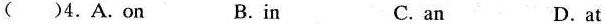
( )4.A.On B.in C. an D.at